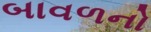
બાવળનો